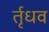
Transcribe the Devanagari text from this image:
र्तृधव